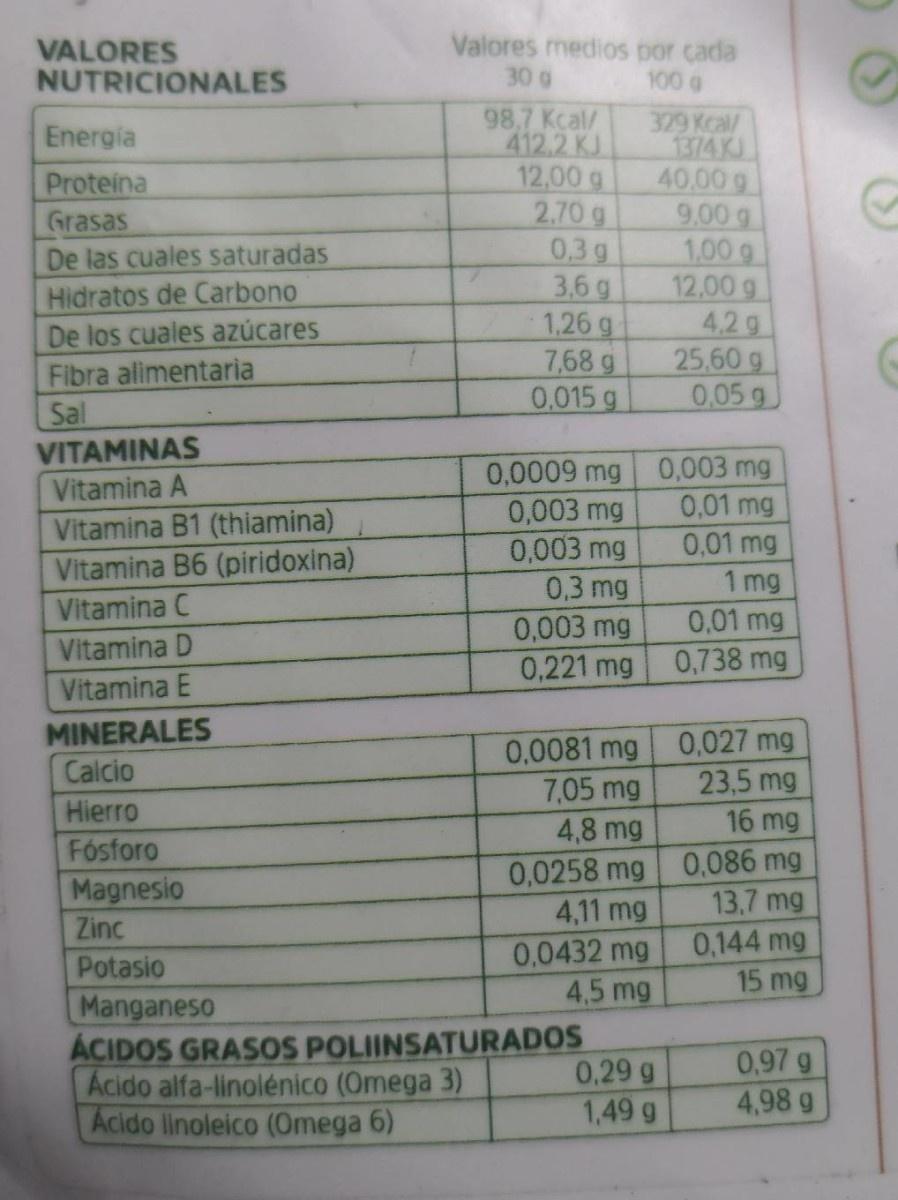
VALORES NUTRICIONALES Valores medios por cada 30 g 100 a 98,7 Kcal/ 412.2 KJ 12,00 g 2.70 g 0.3g 3,6 g 1,26 g 7,68 g 0.015 g 329 Kcal/ 1374 KJ 40.00 g 9,00 g 1,00 g 12,00 g 4,2 g 25.60 g 0,05 g Energia Proteina Grasas De las cuales saturadas Hidratos de Carbono De los cuales azúcares Fibra alimentaria Sal VITAMINAS Vitamina A 0,0009 mg 0,003 mg 0,003 mg 0,3 mg 0,003 mg 0,221 mg 0,003 mg 0,01 mg 0,01 mg 1 mg 0,01 mg 0,738 mg Vitamina B1 (thiamina) Vitamina B6 (piridoxina) Vitamina C Vitamina D Vitamina E MINERALES Calcio 0,027 mg 23,5 mg 16 mg 0,0081 mg 7,05 mg 4,8 mg 0,0258 mg 0,086 mg 4,11 mg 0,0432 mg 4,5 mg Hierro Fósforo Magnesio Zinc 13.7 mg 0,144 mg 15 mg Potasio Manganeso ACIDOS GRASOS POLIINSATURADOS Acido alfa-linolénico (Omega 3) Acido linoleico (0mega 6) 0,29 g 1,49 g 0,97 g 4,98 g